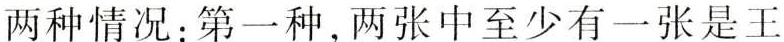
两种情况：第一种，两张中至少有一张是王